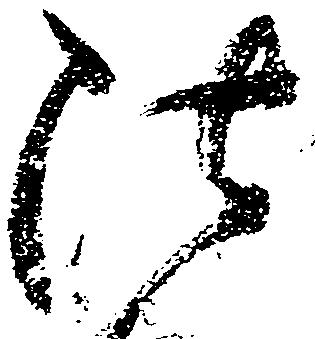
法